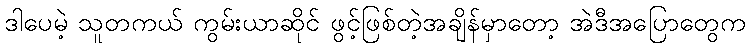
ဒါပေမဲ့ သူတကယ် ကွမ်းယာဆိုင် ဖွင့်ဖြစ်တဲ့အချိန်မှာတော့ အဲဒီအပြောတွေက